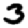
Digit: 3